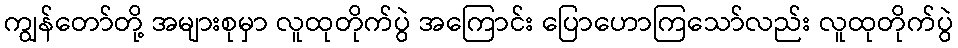
ကျွန်တော်တို့ အများစုမှာ လူထုတိုက်ပွဲ အကြောင်း ပြောဟောကြသော်လည်း လူထုတိုက်ပွဲ